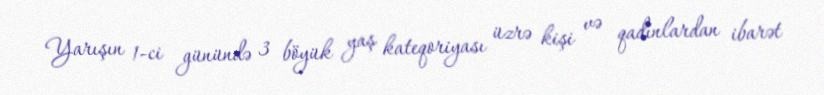
Yarışın 1-ci günündə 3 böyük yaş kateqoriyası üzrə kişi və qadınlardan ibarət